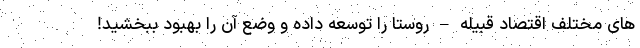
های مختلف اقتصاد قبیله – روستا را توسعه داده و وضع آن را بهبود ببخشید!